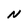
Character: N